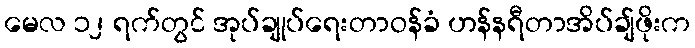
မေလ ၁၂ ရက်တွင် အုပ်ချုပ်ရေးတာဝန်ခံ ဟန်နရီတာအိပ်ချ်ဖိုးက